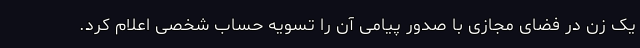
یک زن در فضای مجازی با صدور پیامی آن را تسویه حساب شخصی اعلام کرد.